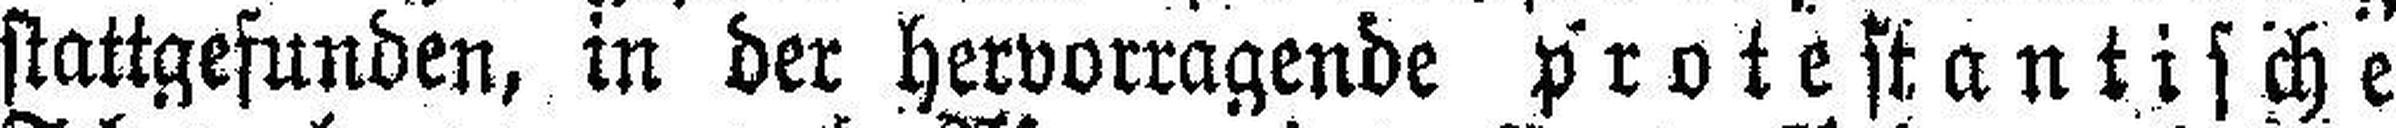
stattgefunden, in der hervorragende protestantische